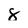
Character: 8